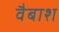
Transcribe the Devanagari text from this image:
वैबाश